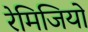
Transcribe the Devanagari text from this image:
रेमिजियो